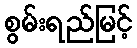
စွမ်းရည်မြင့်